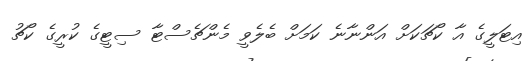
އިޓަލީގެ އާ ކޯޗަކަށް އަންނާނެ ކަމަށް ބެލެވީ މެންޗެސްޓާ ސިޓީގެ ކުރީގެ ކޯޗު